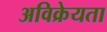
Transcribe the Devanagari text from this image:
अविक्रेयता